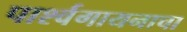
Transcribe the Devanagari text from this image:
पार्श्वगायनाचा